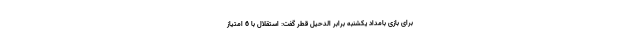
برای بازی بامداد یکشنبه برابر الدحیل قطر گفت: استقلال با 6 امتیاز